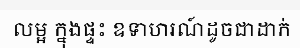
លម្អ ក្នុងផ្ទះ ឧទាហរណ៍ដូចជាដាក់